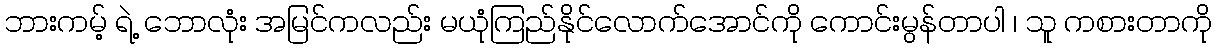
ဘားကမ့် ရဲ့ ဘောလုံး အမြင်ကလည်း မယုံကြည်နိုင်လောက်အောင်ကို ကောင်းမွန်တာပါ ၊ သူ ကစားတာကို